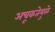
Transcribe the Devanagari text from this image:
अचूकतेमुळे